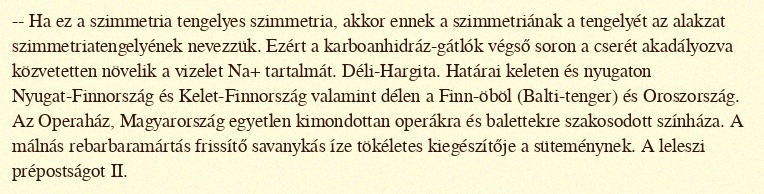
-- Ha ez a szimmetria tengelyes szimmetria, akkor ennek a szimmetriának a tengelyét az alakzat szimmetriatengelyének nevezzük. Ezért a karboanhidráz-gátlók végső soron a cserét akadályozva közvetetten növelik a vizelet Na+ tartalmát. Déli-Hargita. Határai keleten és nyugaton Nyugat-Finnország és Kelet-Finnország valamint délen a Finn-öböl (Balti-tenger) és Oroszország. Az Operaház, Magyarország egyetlen kimondottan operákra és balettekre szakosodott színháza. A málnás rebarbaramártás frissítő savanykás íze tökéletes kiegészítője a süteménynek. A leleszi prépostságot II.